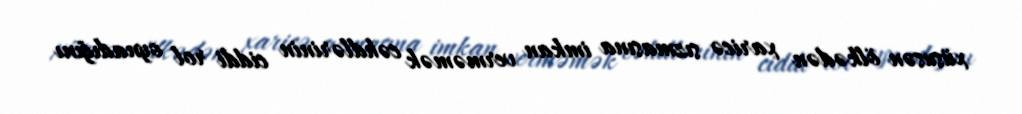
xüsusən ölkədən xaricə sızmasına imkan verməmək cəhdlərinin ciddi rol oynadığını